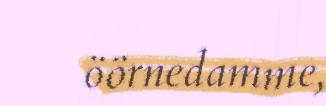
öörnedamme,